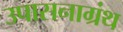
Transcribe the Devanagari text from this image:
उपासनाग्रंथ